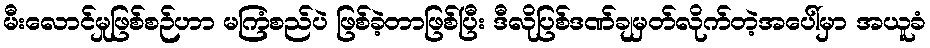
မီးလောင်မှုဖြစ်စဉ်ဟာ မကြံစည်ပဲ ဖြစ်ခဲ့တာဖြစ်ပြီး ဒီလိုပြစ်ဒဏ်ချမှတ်လိုက်တဲ့အပေါ်မှာ အယူခံ